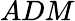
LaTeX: ADM